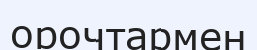
орочтармен